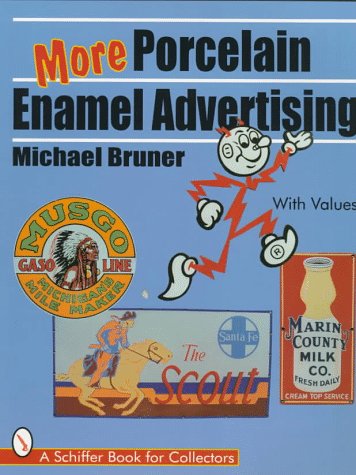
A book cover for More Porcelain Enamel Advertising (Schiffer Book for Collectors); Michael Bruner; Arts & Photography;